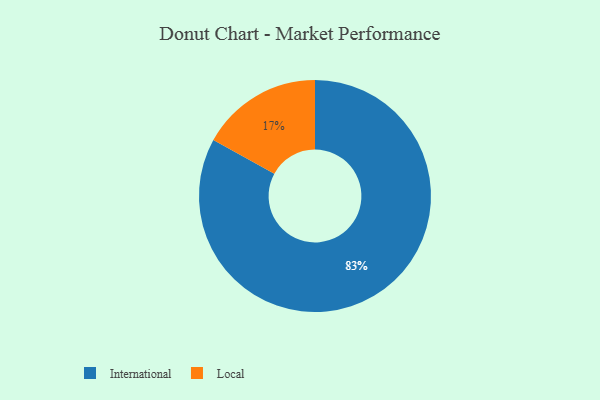
{"axis": {"x": "Category", "y": "Percentage"}, "legend": ["International", "Local"], "data": [{"x": "International", "y": 83, "type": "International"}, {"x": "Local", "y": 17, "type": "Local"}]}